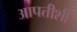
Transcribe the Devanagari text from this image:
आपत्तीशी